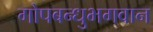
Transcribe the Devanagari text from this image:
गोपबन्धुभगवान